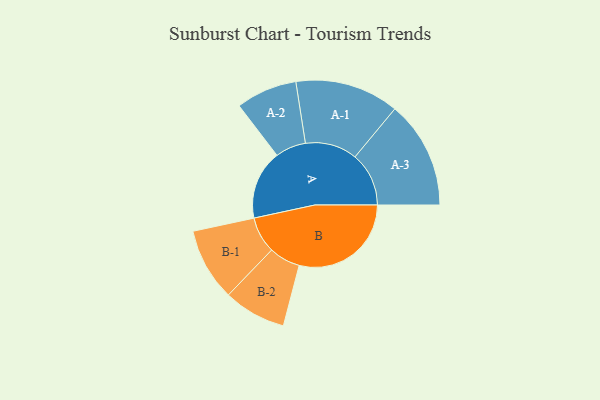
{"axis": {"x": "Segment", "y": "Value"}, "legend": ["", "A", "B"], "data": [{"x": "A", "y": 301, "type": ""}, {"x": "B", "y": 487, "type": ""}, {"x": "A-1", "y": 226, "type": "A"}, {"x": "A-2", "y": 133, "type": "A"}, {"x": "A-3", "y": 234, "type": "A"}, {"x": "B-1", "y": 158, "type": "B"}, {"x": "B-2", "y": 136, "type": "B"}]}